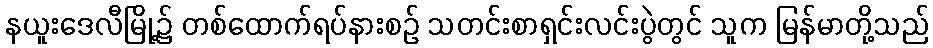
နယူးဒေလီမြို့၌ တစ်ထောက်ရပ်နားစဉ် သတင်းစာရှင်းလင်းပွဲတွင် သူက မြန်မာတို့သည်